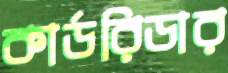
কার্ডরিডার